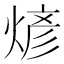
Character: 𬊰